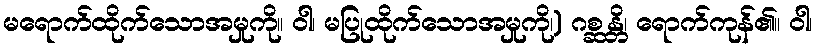
မရောက်ထိုက်သောအမှုကို။ ဝါ၊ မပြုထိုက်သောအမှုကို၊) ဂစ္ဆန္တိ၊ ရောက်ကုန်၏။ ဝါ၊